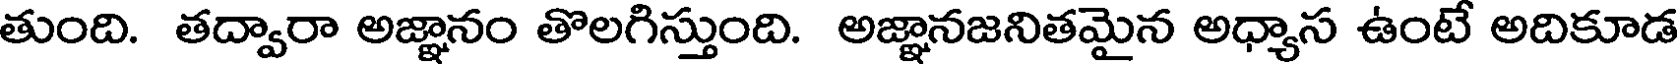
తుంది. తద్వారా అజ్ఞానం తొలగిస్తుంది. అజ్ఞానజనితమైన అధ్యాస ఉంటే అదికూడ